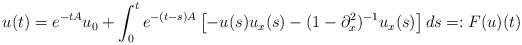
LaTeX: \begin{align*}u(t) = e^{-tA} u_0 + \int_0^t e^{-(t-s)A} \left[ - u(s) u_x(s) - (1-\partial_x^2)^{-1} u_x(s) \right] ds =: F(u)(t) \end{align*}